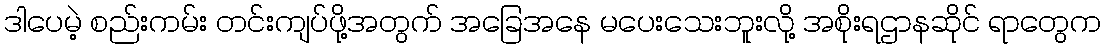
ဒါပေမဲ့ စည်းကမ်း တင်းကျပ်ဖို့အတွက် အခြေအနေ မပေးသေးဘူးလို့ အစိုးရဌာနဆိုင် ရာတွေက